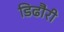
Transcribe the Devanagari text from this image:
डिढौरी